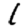
Digit: 1